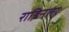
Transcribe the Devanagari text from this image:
राबिनला